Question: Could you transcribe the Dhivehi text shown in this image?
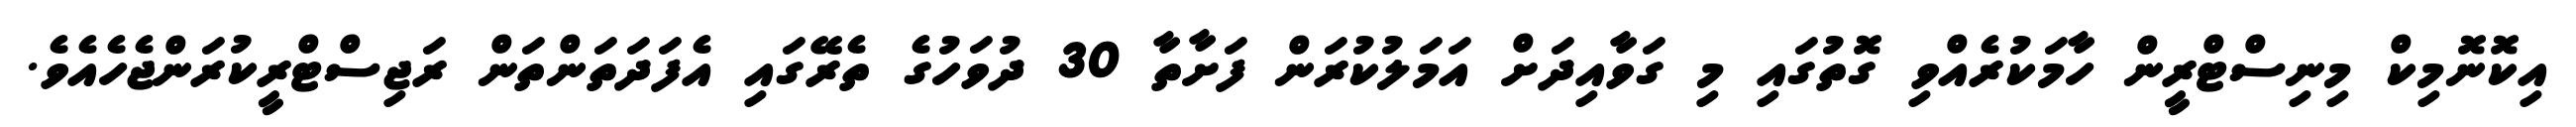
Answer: އިކޮނޮމިކް މިނިސްޓްރީން ހާމަކުރެއްވި ގޮތުގައި މި ގަވާއިދަށް އަމަލުކުރަން ފަށާތާ 30 ދުވަހުގެ ތެރޭގައި އެފަދަތަންތަން ރަޖިސްޓްރީކުރަންޖެހެއެވެ.